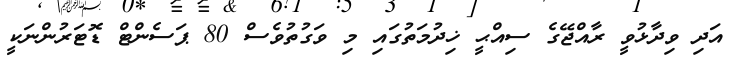
އަދި ވިދާޅުވީ ރާއްޖޭގެ ސިއްޙީ ޚިދުމަތުގައި މި ވަގުތުވެސް 80 ޕަސެންޓް ޑޮޓަރުންނަކީ